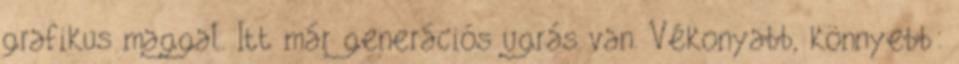
grafikus maggal. Itt már generációs ugrás van. Vékonyabb, könnyebb: